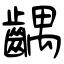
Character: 齵